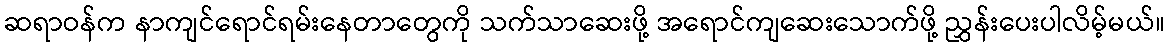
ဆရာဝန်က နာကျင်ရောင်ရမ်းနေတာတွေကို သက်သာဆေးဖို့ အရောင်ကျဆေးသောက်ဖို့ ညွှန်းပေးပါလိမ့်မယ်။